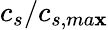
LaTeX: c_{s}/c_{s,ma\mathbf{x}}